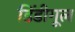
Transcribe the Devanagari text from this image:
डिंडीगूल